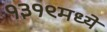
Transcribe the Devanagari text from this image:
१३१९मध्ये